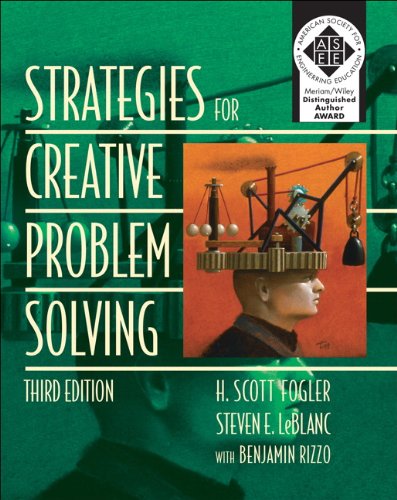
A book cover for Strategies for Creative Problem Solving (3rd Edition); H. Scott Fogler; Engineering & Transportation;